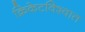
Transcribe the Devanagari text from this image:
क्रिकेटविश्वात